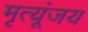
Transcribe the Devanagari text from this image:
मृत्यूंजय